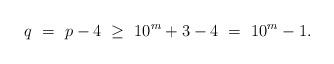
LaTeX: \begin{align*}q\ =\ p-4\ \geq\ 10^m+3-4\ =\ 10^m-1.\end{align*}